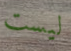
ليست